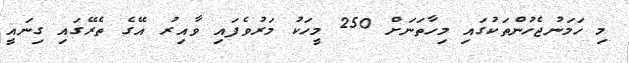
މި ހަމަނުޖެހުންތަކުގައި މިހާތަނަށް 250 މީހަކު މަރުވެފައި ވާއިރު އޭގެ ތެރޭގައި ގިނައީ